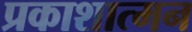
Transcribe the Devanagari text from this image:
प्रकाशात्मन